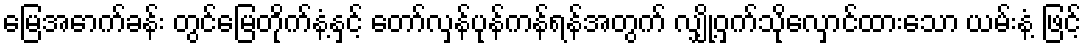
မြေအောက်ခန်း တွင်မြေတိုက်နံ့နှင့် တော်လှန်ပုန်ကန်ရန်အတွက် လျှို့ဝှက်သိုလှောင်ထားသော ယမ်းနံ့ ဖြင့်